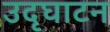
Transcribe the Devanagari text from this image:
उदृघाटन